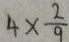
4 \times \frac { 2 } { 9 }